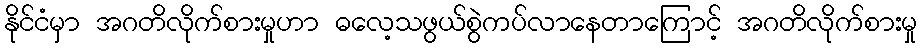
နိုင်ငံမှာ အဂတိလိုက်စားမှုဟာ ဓလေ့သဖွယ်စွဲကပ်လာနေတာကြောင့် အဂတိလိုက်စားမှု